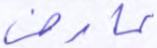
عارض